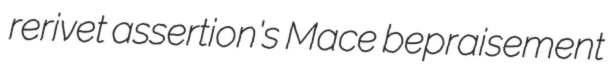
rerivet assertion's Mace bepraisement